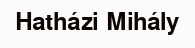
Hatházi Mihály